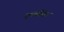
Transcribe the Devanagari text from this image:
एमबीसन